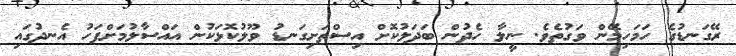
ރޭގަނޑުގެ ހަމަހިމޭން ވަގުތެވެ. ނީލާ ހެދުން ބަދަލުކޮށް އިސްތަށިގަނޑު ވޫލުކޮޅަކުން އައްސާލުމަށްފަހު އެނދުގައި